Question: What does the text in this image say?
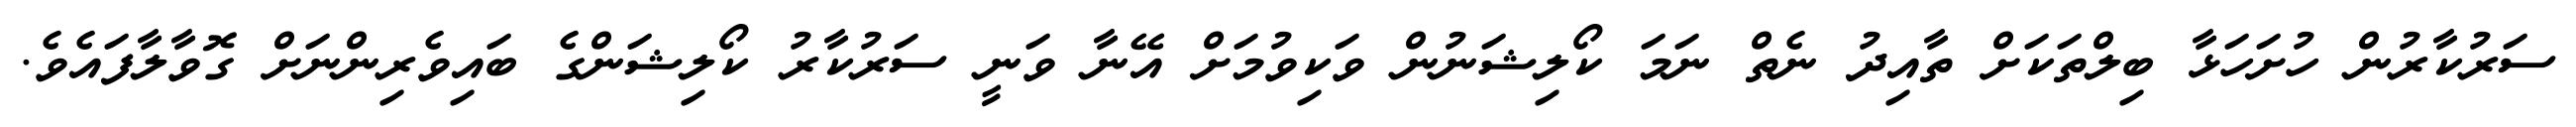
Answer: ސަރުކާރުން ހުށަހަޅާ ބިލްތަކަށް ތާއިދު ނެތް ނަމަ ކޯލިޝަނުން ވަކިވުމަށް އޭނާ ވަނީ ސަރުކާރު ކޯލިޝަންގެ ބައިވެރިންނަށް ގޮވާލާފައެވެ.